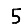
Digit: 5